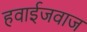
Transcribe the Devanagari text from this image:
हवाईजवाज